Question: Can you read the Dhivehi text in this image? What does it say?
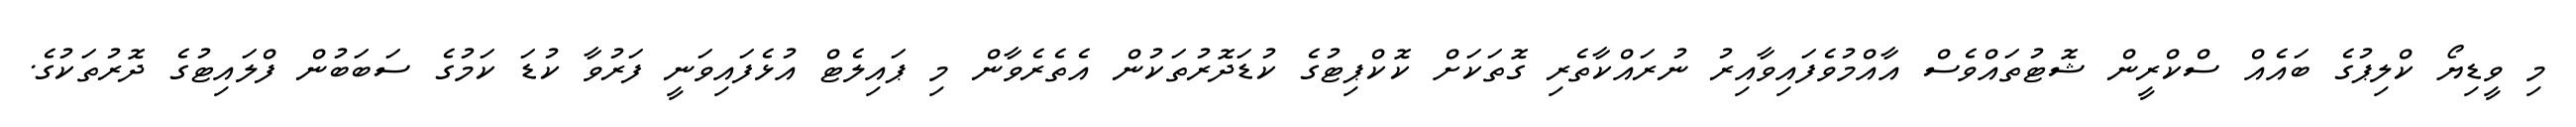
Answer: މި ވީޑިޔޯ ކްލިޕުގެ ބައެއް ސްކްރީން ޝޮޓުތައްވެސް އާއްމުވެފައިވާއިރު ނުރައްކާތެރި ގޮތަކަށް ކޮކްޕިޓުގެ ކުޑަދޮރުތަކުން އެތެރެވާން މި ޕައިލެޓް އުޅެފައިވަނީ ފަރުވާ ކުޑަ ކަމުގެ ސަބަބުން ފްލައިޓުގެ ދޮރުތަކުގެ.